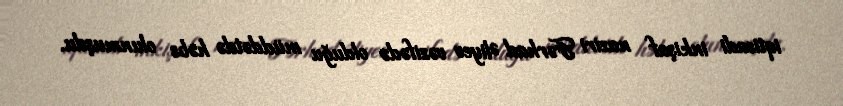
iqtisadi inkişaf naziri Fərhad Əliyev vəzifədə olduğu müddətdə həbs olunmuşdu.